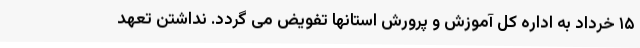
۱۵ خرداد به اداره کل آموزش و پرورش استانها تفویض می گردد. نداشتن تعهد